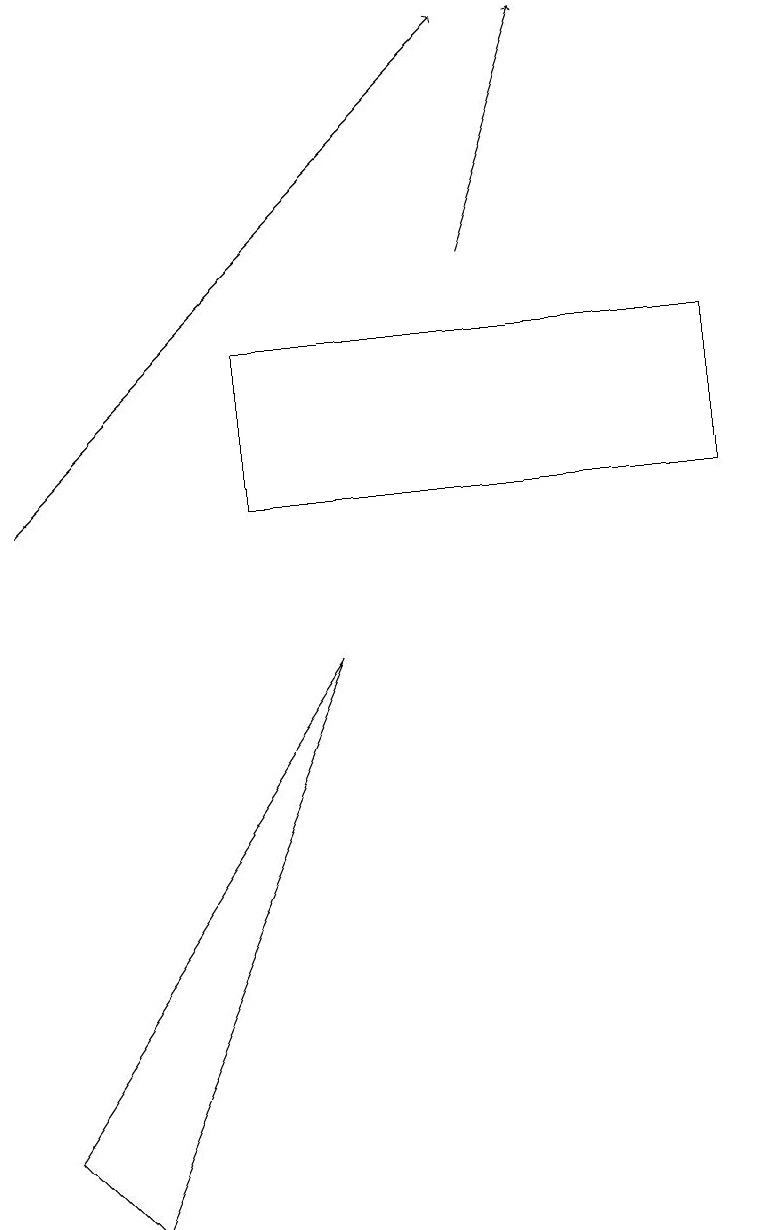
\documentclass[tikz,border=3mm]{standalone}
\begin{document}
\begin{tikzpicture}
\draw (4,9) -- (1,2) -- (0,3) -- cycle;
\draw (9,13) rectangle (3,11);
\draw[->] (0,11) -- (6,17);
\draw[->] (6,14) -- (7,17);
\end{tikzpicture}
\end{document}